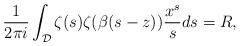
LaTeX: \begin{align*}\frac{1}{2\pi i}\int_{\mathcal{D}}{\zeta (s)\zeta (\beta (s - z))\frac{{{x^s}}}{s}ds}=R, \end{align*}